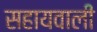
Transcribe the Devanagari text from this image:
सहायवाली